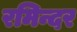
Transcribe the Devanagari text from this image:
रमिन्दर